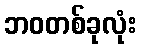
ဘဝတစ်ခုလုံး